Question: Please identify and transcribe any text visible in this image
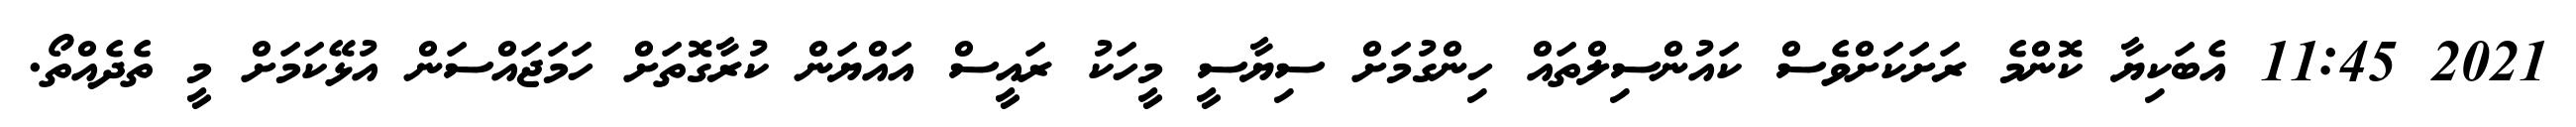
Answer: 2021 11:45 އެބަކިޔާ ކޮންމެ ރަށަކަށްވެސް ކައުންސިލްތައް ހިންގުމަށް ސިޔާސީ މީހަކު ރައީސް އައްޔަން ކުރާގޮތަށް ހަމަޖައްސަން އުޅޭކަމަށް މީ ތެދެއްތޯ.